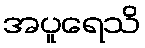
အပူရေသိ